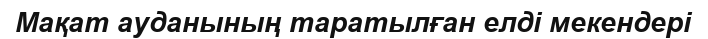
Мақат ауданының таратылған елді мекендері